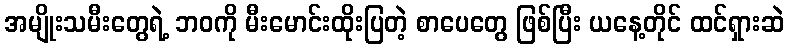
အမျိုးသမီးတွေရဲ့ ဘဝကို မီးမောင်းထိုးပြတဲ့ စာပေတွေ ဖြစ်ပြီး ယနေ့တိုင် ထင်ရှားဆဲ